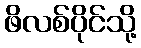
ဖိလစ်ပိုင်သို့